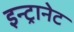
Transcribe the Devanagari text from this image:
इन्ट्रानेट